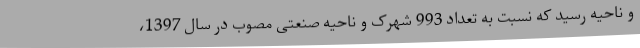
و ناحیه رسید که نسبت به تعداد 993 شهرک و ناحیه صنعتی مصوب در سال 1397،